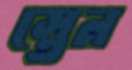
স্তেন